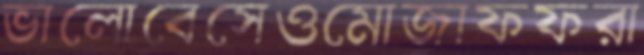
ভালোবেসেওমোজাফফরা